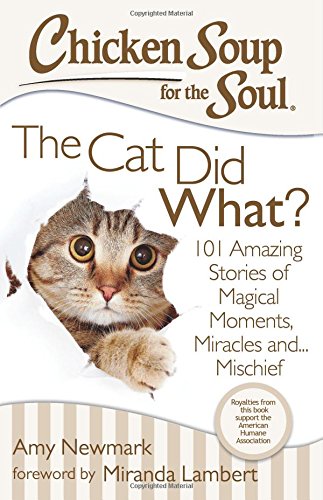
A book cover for Chicken Soup for the Soul: The Cat Did What?: 101 Amazing Stories of Magical Moments, Miracles and... Mischief; Crafts, Hobbies & Home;